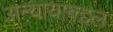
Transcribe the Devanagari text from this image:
अन्यायाबद्दल